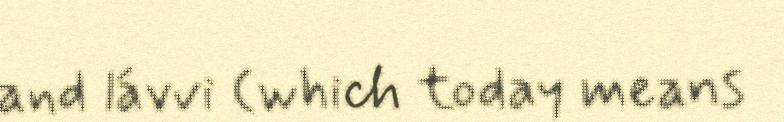
and lávvi (which today means